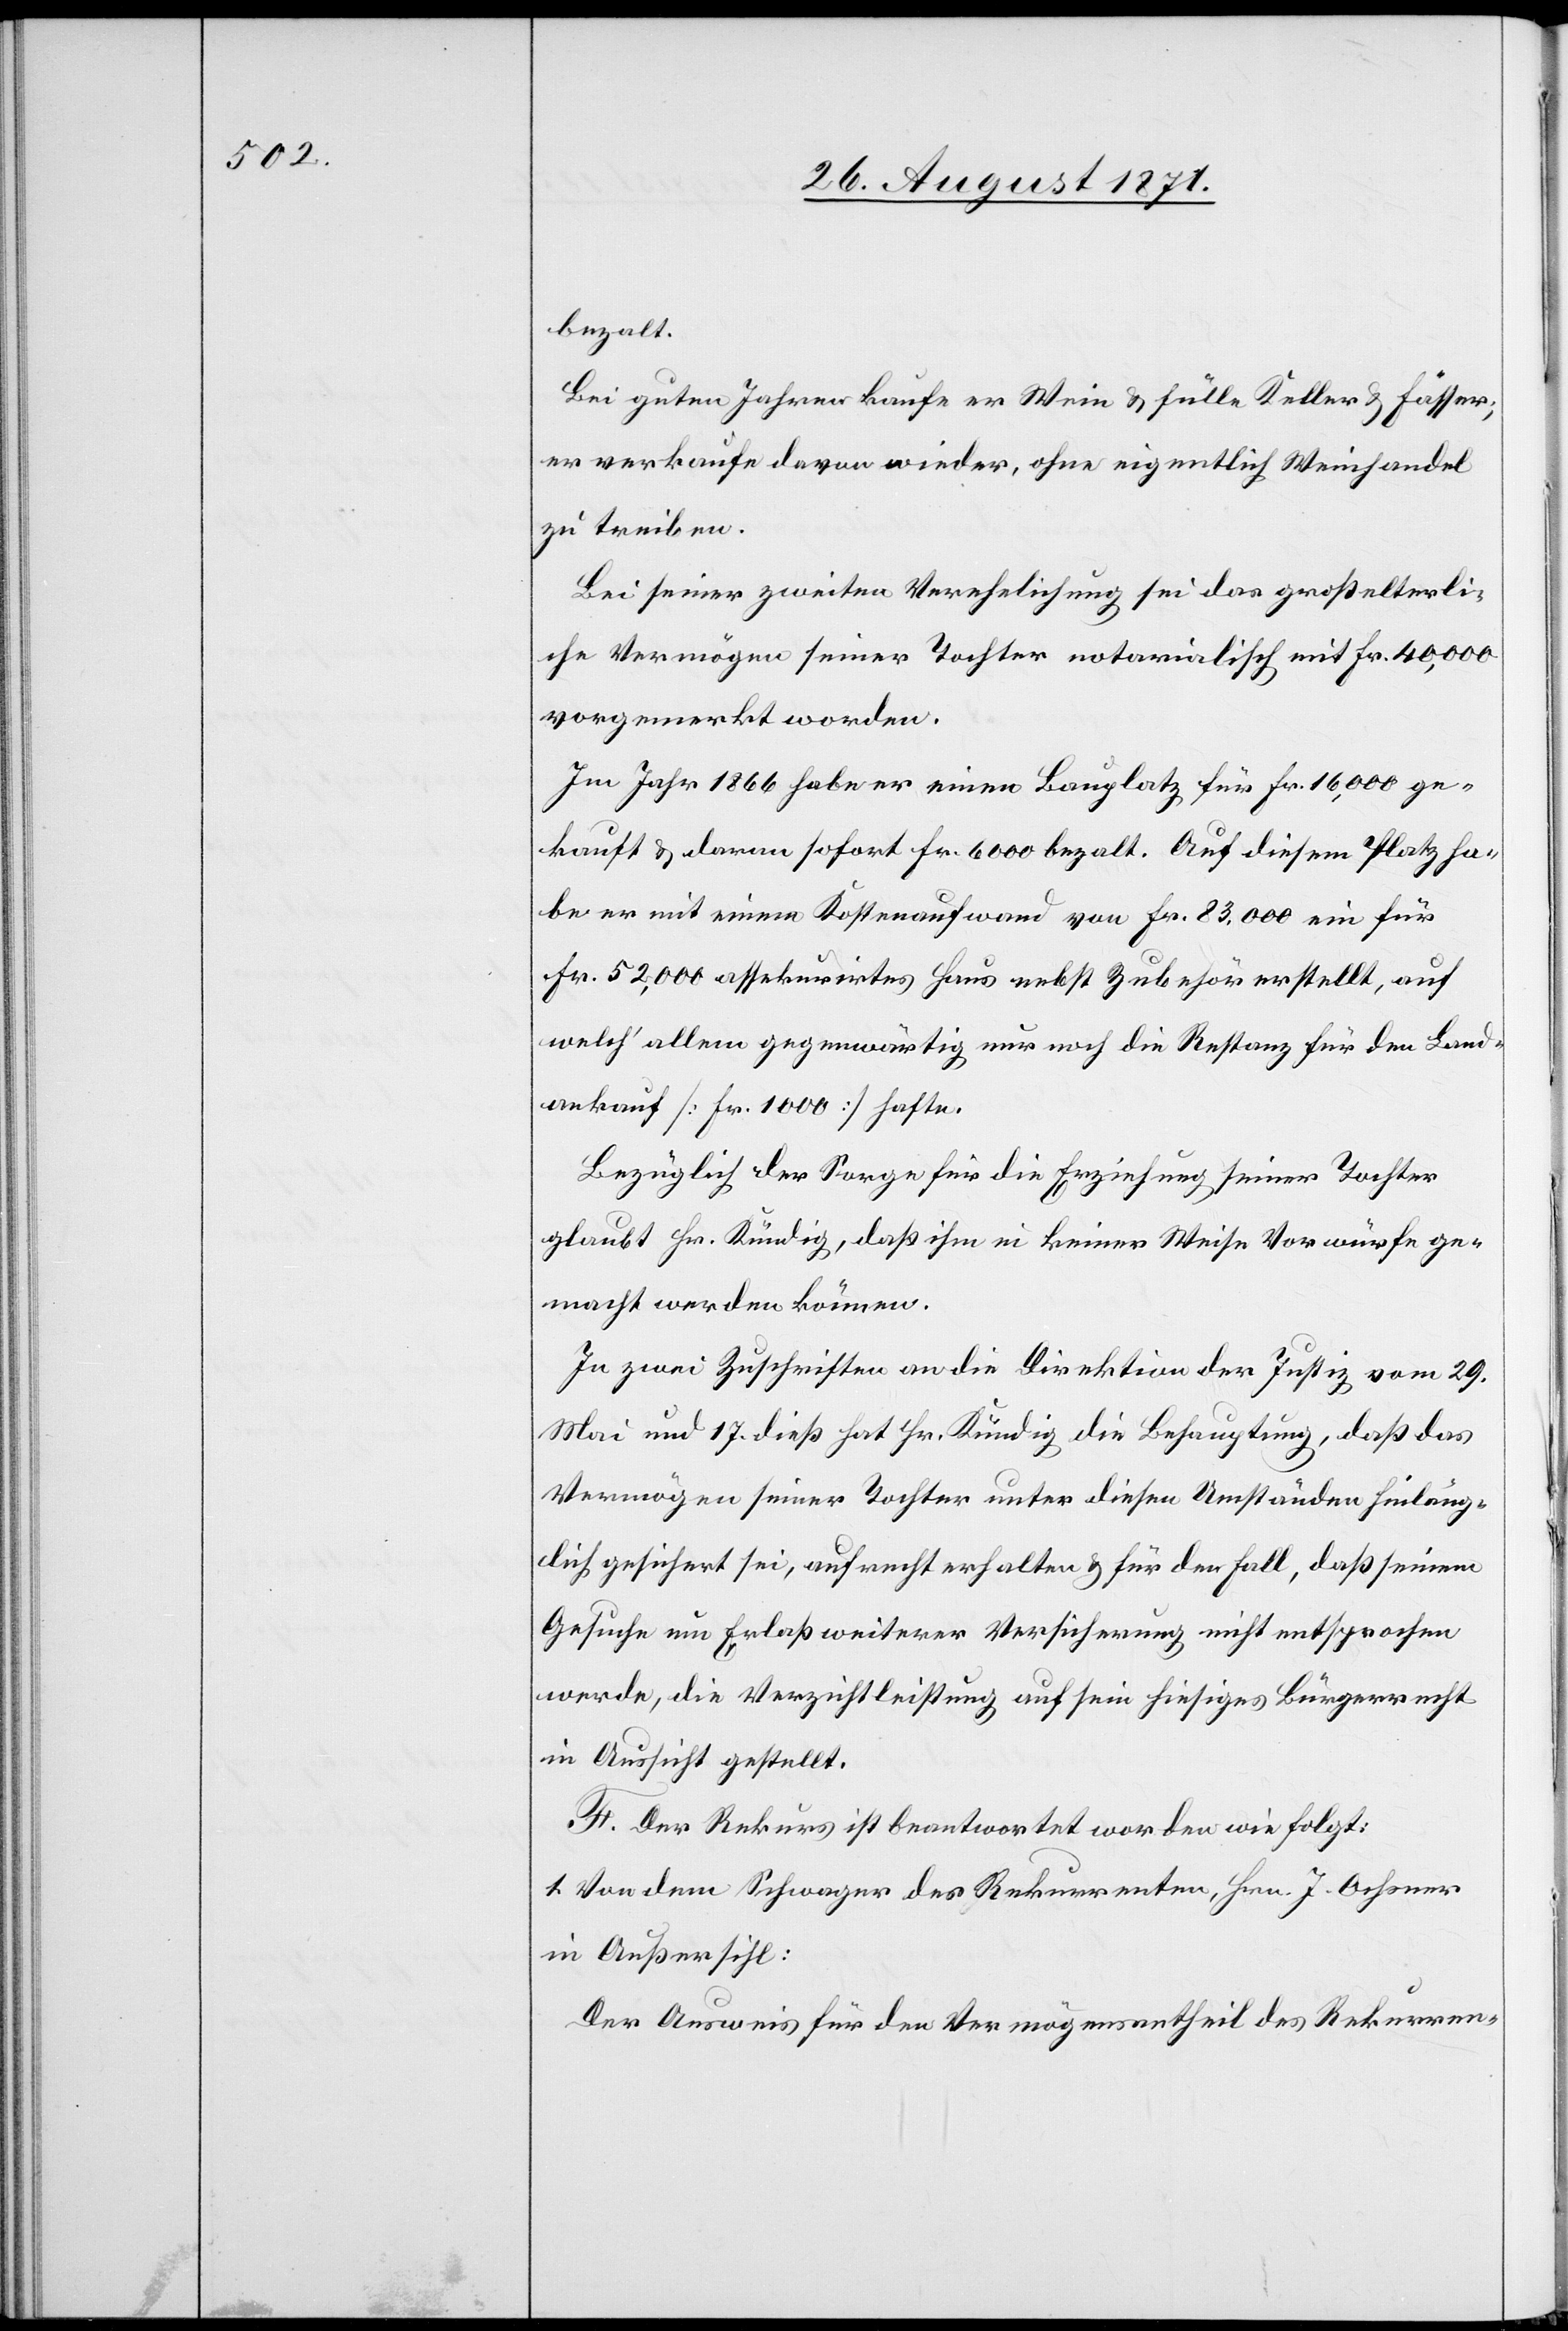
bezalt.
Bei guten Jahren kaufe er Wein & fülle Keller & Fässer;
er verkaufe davon wieder, ohne eigentlich Weinhandel
zu treiben.
Bei seiner zweiten Verehelichung sei das großelterli¬
che Vermögen seiner Tochter notarialisch mit Fr. 40,000
vorgemerkt worden.
Im Jahr 1866 habe er seinen Bauplatz für Fr. 16,000 ge¬
kauft & darum sofort Fr. 6000 bezalt. Auf diesem Platz ha¬
be er mit einem Kostenaufwand von Fr. 83,000 ein für
Fr. 52,000 assekurirtes Haus nebst Zubehör erstellt, auf
welch’ allem gegenwärtig nur noch die Restanz für den Land¬
ankauf [Fr. 1000] hafte.
Bezüglich der Sorge für die Erziehung seiner Tochter
glaubt Hr. Kündig, daß ihm in keiner Weise Vorwürfe ge¬
macht werden können.
In zwei Zuschriften an die Direktion der Justiz vom 29.
Mai und 17. dieß hat Hr. Kündig die Behauptung, daß das
Vermögen seiner Tochter unter diesen Umständen hinläng¬
lich gesichert sei, aufrecht erhalten & für den Fall, daß seinem
Gesuche um Erlaß weiterer Versicherung nicht entsprochen
werde, die Verzichtleistung auf sein hiesiges Bürgerrecht
in Aussicht gestellt.
F. Der Rekurs ist beantwortet worden wie folgt:
1. Von dem Schwager des Rekurrenten, Hrn. J. Ochsner
in Außersihl:
Der Ausweis für den Vermögensantheil des Rekurren-